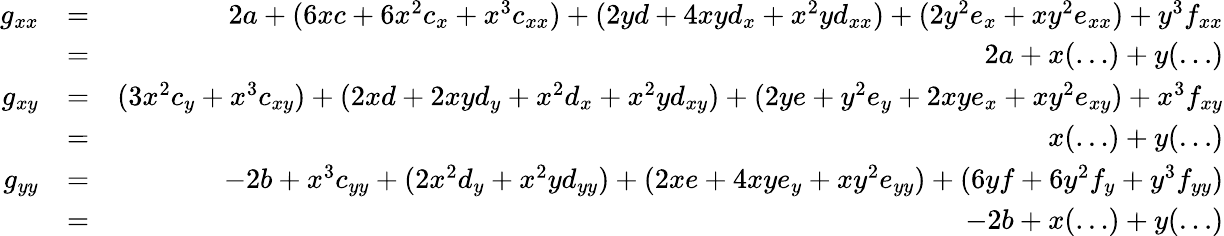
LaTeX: \begin{array}{rlr}{g_{xx}}&{=}&{2a+(6xc+6x^{2}c_{x}+x^{3}c_{xx})+(2yd+4xyd_{x}+x^{2}yd_{xx})+(2y^{2}e_{x}+xy^{2}e_{xx})+y^{3}f_{xx}}\\ &{=}&{2a+x(\ldots)+y(\ldots)}\\ {g_{xy}}&{=}&{(3x^{2}c_{y}+x^{3}c_{xy})+(2xd+2xyd_{y}+x^{2}d_{x}+x^{2}yd_{xy})+(2ye+y^{2}e_{y}+2xye_{x}+xy^{2}e_{xy})+x^{3}f_{xy}}\\ &{=}&{x(\ldots)+y(\ldots)}\\ {g_{yy}}&{=}&{-2b+x^{3}c_{yy}+(2x^{2}d_{y}+x^{2}yd_{yy})+(2xe+4xye_{y}+xy^{2}e_{yy})+(6yf+6y^{2}f_{y}+y^{3}f_{yy})}\\ &{=}&{-2b+x(\ldots)+y(\ldots)}\end{array}